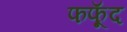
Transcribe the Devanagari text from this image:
फफूॅद